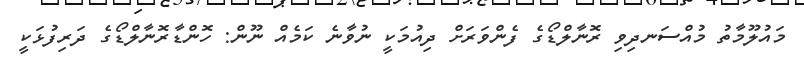
މައުލޫމާތު މުއްސަނދިވި ރޮނާލްޑޯގެ ފެންވަރަށް ދިއުމަކީ ނުވާނެ ކަމެއް ނޫން: ހޮންޑާރޮނާލްޑޯގެ ދަރިފުޅަކީ